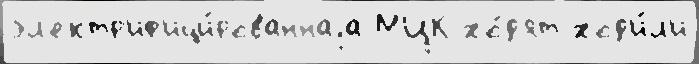
эл'ектр'иф'ици́рованнаjа МЦК хо́д'ят ход'и́л'и